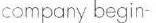
company begin-